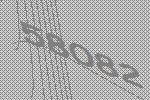
58082